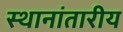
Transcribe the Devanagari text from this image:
स्थानांतारीय